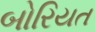
બોરિયત